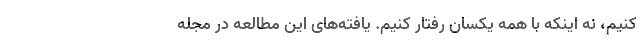
کنیم، نه اینکه با همه یکسان رفتار کنیم. یافته‌های این مطالعه در مجله